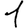
Digit: 1